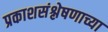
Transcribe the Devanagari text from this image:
प्रकाशसंश्लेषणाच्या